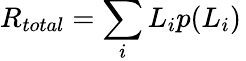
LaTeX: R_{total}=\sum_{i}L_{i}p(L_{i})\,